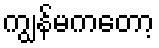
ကျွန်မကတော့